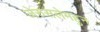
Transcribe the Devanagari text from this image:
जेरुसलेमहुन